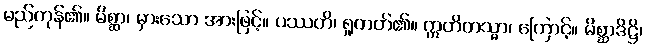
မည်ကုန်၏။ မိစ္ဆာ၊ မှားသော အားဖြင့်။ ပဿတိ၊ ရှုတတ်၏။ ဣတိတသ္မာ၊ ကြောင့်။ မိစ္ဆာဒိဋ္ဌိ၊